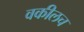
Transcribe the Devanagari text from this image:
वकीलच